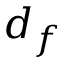
d _ { f }